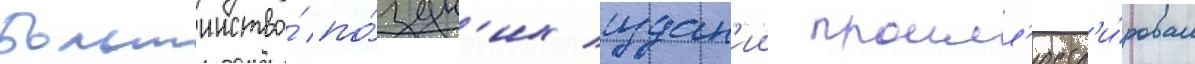
Большинство́ по́здн'их издан'ии проилл'юстр'и́ровал